Insane asylums in Bengal annual reports 1867-1875 - 1867-1875
Year: 1867
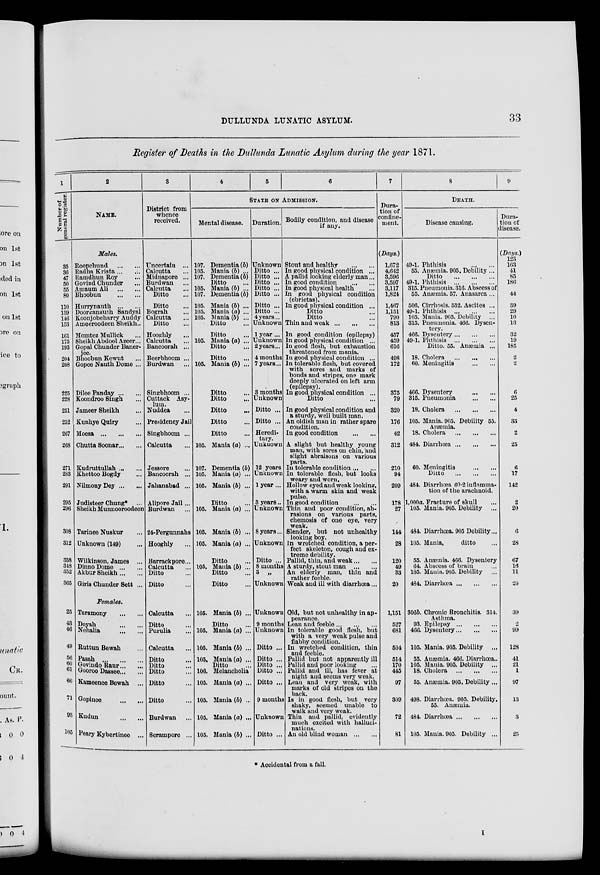
DULLUNDA LUNATIC ASYLUM.
33
Register of Deaths in the Dullunda Lunatic Asylum during the year 1871.
1
Number of
general register.
35
36
47
50
55
80
110
139
146
153
161
175
193
204
208
225
228
251
252
267
268
271
283
291
295
296
308
312
338
348
352
365
25
43
46
49
56
60
61
66
71
93
105
2
NAME.
Males.
Roopchund
...
...
Radha Krista ... ...
Ramdhun Roy ...
Govind Chunder ...
Amaum Ali
...
...
Bhoobun ... ...
Hurrynauth
...
...
Doorganauth Sandyal
Koonjobeharry Auddy
Ameeroodeen Sheikh..
Momtez Mullick ...
Sheikh Abdool Azeer ...
Gopal Chunder Baner-
jee.
Bhoobun Kewut ...
Gopee Nauth Dome ...
Dilee Panday...
...
Koondroo Singh ...
Jameer Sheikh ...
Kunhye Quiry ...
Moesa
...
...
...
Chutta Soonar ... ...
Kudruttullah ... ...
Khettoo Bogdy ...
NilmonyDey ... ...
Judisteer Chung* ...
Sheikh Munnooroodeen
Tarinee Nuskur ...
Unknown (149) ...
Wilkinson, James ...
Dinno Dome
...
...
Akbur Sheikh ... ...
Giris Chunder Sett ...
Females.
Taramony
...
...
Doyah
...
...
Nehalia
...
...
Ruttun Bewah ...
Pasah
...
...
...
Govindo Raur ... ...
Gooroo Dassee ... ...
Kameenee Bewah ...
Gopinee
...
...
Kudun
...
...
Peary Kybertinee ...
3
District from
whence
received.
Uncertain ...
Calcutta ...
Midnapore ...
Burdwan ...
Calcutta ...
Ditto ...
Ditto ...
Bograh ...
Calcutta ...
Ditto ...
Hooghly ...
Calcutta ...
Bancoorah ...
Beerbhoom ...
Burdwan ...
Singbhoom ...
Cuttack Asy-
lum. Nuddea ...
Presidency Jail
Singbhoom ...
Calcutta ...
Jessore ...
Bancoorah ...
Jahanabad ...
Alipore Jail ...
Burdwan ...
24-Pergunnahs
Hooghly ...
Barrackpore ...
Calcutta ...
Ditto ...
Ditto ...
Calcutta ...
Ditto ...
Purulia ...
Calcutta ...
Ditto ...
Ditto ...
Ditto ...
Ditto ...
Ditto ...
Burdwan ...
Serampore ...
4
5
6
STATE ON ADMISSION.
Mental disease.
107.
105.
107.
105.
107.
105.
105.
105.
105.
105.
105.
107.
105.
105.
105.
105.
105.
105.
105.
105.
105.
105.
106.
105.
105.
105.
105.
Dementia (b)
Mania (b) ...
Dementia (b)
Ditto
Mania (b) ...
Dementia (b)
Mania (b) ...
Mania (a) ...
Mania (b) ...
Ditto ...
Ditto ...
Mania (a) ...
Ditto ...
Ditto ...
Mania (b) ...
Ditto ...
Ditto ...
Ditto ...
Ditto ...
Ditto ...
Mania (a) ...
Dementia (b)
Mania (a) ...
Mania (b) ...
Ditto ...
Mania (a) ...
Mania (b) ...
Mania (a) ...
Ditto ...
Mania (b) ...
Ditto ...
Ditto ...
Mania (b) ...
Ditto ...
Mania (a) ...
Mania (b) ...
Mania (a) ...
Ditto ...
Melancholia
Mania (a) ...
Mania (b) ...
Mania (a) ...
Mania (b) ...
Duration.
Unknown
Ditto ...
Ditto ...
Ditto ...
Ditto ...
Ditto ...
Ditto ...
Ditto ...
4 years...
Unknown
1 year ...
Unknown
2 years ...
4 months
7 years ...
3 months
Unknown
Ditto ...
Ditto ...
Heredi-
tary.
Unknown
12 years
Unknown
1 year ...
3 years ..
Unknown
8 years...
Unknown
Ditto ...
8 months
3 „
Unknown
Unknown
9 months
Unknown
Ditto ...
Ditto ...
Ditto ...
Ditto ...
Ditto ...
9 months
Unknown
Ditto ...
Bodily condition, and disease
if any.
Stout and healthy ... ...
In good physical condition ...
A pallid looking elderly man ...
In good condition ... ...
In good physical health ...
In good physical condition
(ebrietas).
In good physical condition ...
Ditto ...
Ditto ...
Thin and weak
...
...
...
In good condition (epilepsy)
In good physical condition ...
In good flesh, but exhaustion
threatened from mania.
In good physical condition ...
In tolerable flesh, but covered
with sores and marks of
bonds and stripes, one mark
deeply ulcerated on left arm
(epilepsy).
In good physical condition ...
Ditto ...
In good physical condition and
a sturdy, well built man.
An oldish man in rather spare
condition.
In good condition
...
...
A slight but healthy young
man, with sores on chin, and
slight abraisons on various
parts.
In tolerable condition ... ...
In tolerable flesh, but looks
weary and worn.
Hollow eyed and weak looking,
with a warm skin and weak
pulse.
In good condition
...
...
Thin and poor condition, ab-
rasions on various parts,
chemosis of one eye, very
weak.
Slender, but not unhealthy
looking boy.
In wretched condition, a per-
fect skeleton, cough and ex-
treme debility.
Pallid, thin, and weak ... ...
A sturdy, stout man
...
...
An elderly man, thin and
rather feeble.
Weak and ill with diarrhœa ...
Old, but not unhealthy in ap-
pearance.
Lean and feeble ... ... ...
In tolerable good flesh, but
with a very weak pulse and
flabby condition.
In wretched condition, thin
and feeble.
Pallid but not apparently ill
Pallid and poor looking ...
Pallid and ill, has fever at
night and seems very weak.
Lean and very weak, with
marks of old stripes on the
back.
Is in good flesh, but very
shaky, seemed unable to
walk and very weak.
Thin and pallid, evidently
much excited with halluci-
nations.
An old blind woman
...
...
7
Dura-
tion of
confine-
ment.
(Days.)
1,672
4,642
3,596
3,597
3,117
1,824
1,467
1,151
790
813
457
459
616
498
172
375
79
320
176
42
312
210
94
209
178
27
144
28
120
49
33
20
1,151
527
681
504
514
170
445
97
309
72
81
8
9
DEATH.
Disease causing.
49-1. Phthisis
...
...
55. Anæmia. 905. Debility ...
Ditto
...
...
...
49-1. Phthisis
...
...
...
315. Pneumonia. 316. Abscess of
55. Anæmia. 57. Anasarca ...
506. Cirrhosis. 532. Ascites ...
49-1. Phthisis
...
...
...
105. Mania. 905. Debility ...
315. Pneumonia. 466. Dysen-
tery.
466. Dysentery ... ... ...
49-1. Phthisis
...
...
...
Ditto. 55. Anæmia ...
18. Cholera
... ... ...
60. Meningitis
...
...
466. Dysentery
...
...
315. Pneumonia ... ...
18. Cholera
...
...
...
105. Mania. 905. Debility 55.
Anæmia.
18. Cholera
...
...
...
484. Diarrhœa
...
...
...
60. Meningitis ... ...
Ditto
...
...
...
484. Diarrhœa 60.2 inflamma-
tion of the arachnoid.
1,000a. Fracture of skull ...
105. Mania. 905. Debility
...
484. Diarrhœa. 905 Debility ...
105. Mania,
ditto ...
55. Anæmia. 466. Dysentery
64. Abscess of brain ...
105. Mania. 905. Debility
...
484. Diarrhœa
...
...
...
306b. Chronic Bronchitis. 314.
Asthma.
93. Epilepsy
...
...
...
466. Dysentery ... ... ...
105. Mania. 905. Debility
...
55. Anæmia. 466. Diarrhœa ..
105. Mania. 905. Debility ...
18. Cholera
...
...
...
55. Anæmia. 905. Debility ...
498. Diarrhœa. 905. Debility.
55. Anæmia.
484. Diarrhœa
...
...
...
105. Mania. 905. Debility ...
Dura-
tion of
disease.
(Days.)
123
163
41
85
186
44
39
29
10
13
32
19
185
2
2
6
25
4
33
2
25
6
17
142
2
20
6
28
67
16
11
20
39
2
99
128
41
21
1
97
13
3
25
* Accidental from a fall.
I